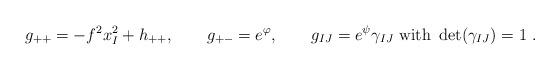
LaTeX: \begin{align*}g_{++}=-f^{2}x^{2}_{I}+h_{++}, \qquad g_{+-}=e^{\varphi}, \qquad g_{IJ}=e^{\psi}\gamma_{IJ}~\mbox{with}~ \det(\gamma_{IJ})=1 ~.\end{align*}